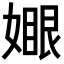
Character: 𡡆